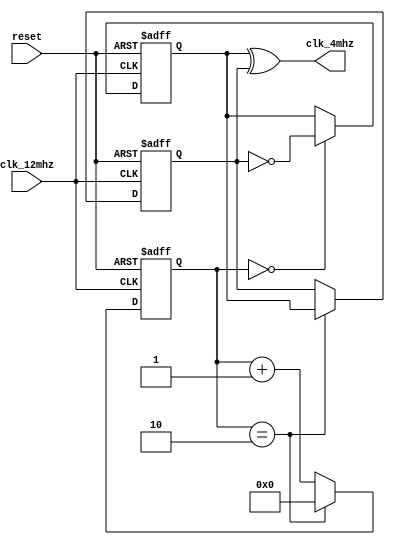
`timescale 1 ns / 1 ps

/**
 * @brief    12    4	 
 * @details 
 *
 * @param  clk_12mhz   	 12
 * @param  clk_4mhz 	 4
 * @param  reset    	 
 */
module clock_4mhz(
		input wire clk_12mhz,
		output wire clk_4mhz,
		input wire reset
		);
	
    reg [3:0] counter = 4'b0;
    reg a = 1'b0;
	reg b = 1'b0;
	
	initial begin
		counter = 4'b0;
		a = 1'b0;
		b = 1'b0;
		end
	
    
    always @(posedge clk_12mhz or posedge reset) begin
		if (reset) begin
			a <= 1'b0; 
			counter <= 4'd0;
			//b <= 1'b0;
			end
		else begin
			counter <= (counter == 4'd2) ? 4'd0 : (counter + 4'd1);
			if (counter == 4'd0) a <= ~b;
			end
				
    end

    always @(negedge clk_12mhz or posedge reset) begin
        if (reset) begin
			b <= 1'b0; 
			end
		else begin
			if (counter == 4'd2) b <= a;
			end
    end

    assign clk_4mhz = a^b;
		
	
endmodule

//module clock_4mhz(
		//input wire clk_12mhz,
		//output wire clk_4mhz,
		//input wire reset,
		//output wire tst_sig
		//);
	
    //reg [3:0] counter = 4'b0;
    //reg a = 1'b0;
	//reg b = 1'b0;
	
	//reg tst = 1'b0;
	
	////initial begin
		////counter = 4'b0;
		////a = 1'b0;
		////b = 1'b0;
		////end
	//assign  tst_sig = tst;
	
	//always @(posedge clk_12mhz)
	//begin
		//tst <= ~ tst;			
	//end
    
    //always @(posedge clk_12mhz) begin
		//if (reset) begin
			//a <= 1'b0; 
			//counter <= 4'd0;
			////b <= 1'b0;
			//end
		//else begin
			 
			//counter <= (counter == 4'd2) ? 4'd0 : (counter + 4'd1);
			//if (counter == 4'd0) a <= ~b;
			//end
				
    //end

    //always @(negedge clk_12mhz) begin
        //if (reset) begin
			//b <= 1'b0; 
			//end
		//else begin
			//if (counter == 4'd2) b <= a;
			//end
    //end

    //assign clk_4mhz = a^b;
		
	
//endmodule

/*    4    20*/
/**
 * @brief    4    20 (5)
 * @details        .
 *           clk_5ms     
 *
 * @param  clk_4mhz     4
 * @param  reset        
 * @param  clk_5ms          5 
 *                       10  
 * @param  clk_not_5ms   clk_5ms
 */
module clock_5ms(
		input wire clk_4mhz,
		input wire reset,
		output reg clk_5ms,
		output wire clk_not_5ms
		);

	reg [15:0] count_5ms = 16'b0;

	initial begin
		count_5ms = 16'b0;
		clk_5ms = 1'b0;
		end

	always @(posedge clk_4mhz or posedge reset) begin
		if (reset) begin
			count_5ms <= 16'b0;
			clk_5ms <= 1'b0;
			end
		else begin
			if (count_5ms == 16'd19999) begin
				clk_5ms <= ~clk_5ms;
				count_5ms <= 16'b0;
				end 
			else count_5ms <= count_5ms + 16'd1;	
			end

	end	

	assign clk_not_5ms = ~clk_5ms;
endmodule